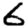
Digit: 6